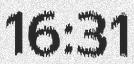
16:31